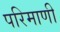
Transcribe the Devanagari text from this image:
परिमाणी